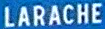
LARACHE